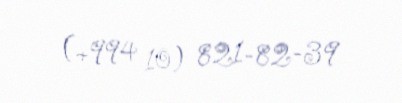
(+994 10) 821-82-39